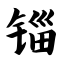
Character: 锱